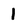
Character: 1